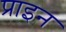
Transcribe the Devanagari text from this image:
प्राइन